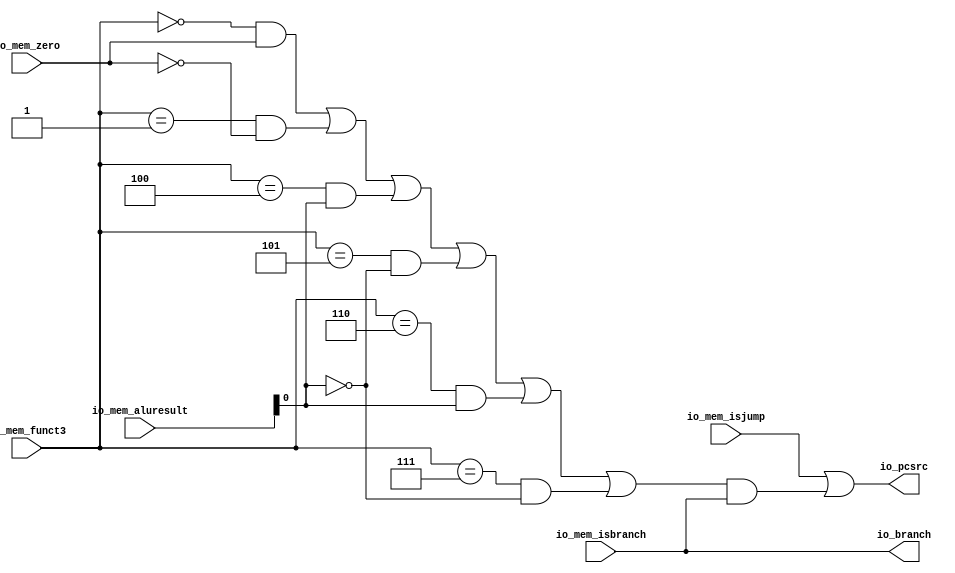
module Branch(
  input         io_mem_zero,
  input  [31:0] io_mem_aluresult,
  input  [2:0]  io_mem_funct3,
  input         io_mem_isbranch,
  input         io_mem_isjump,
  output        io_branch,
  output        io_pcsrc
);
  wire  branchEq = io_mem_funct3 == 3'h0 & io_mem_zero; // @[branch.scala 18:41]
  wire  branchNe = io_mem_funct3 == 3'h1 & ~io_mem_zero; // @[branch.scala 19:41]
  wire  branchLt = io_mem_funct3 == 3'h4 & io_mem_aluresult[0]; // @[branch.scala 20:41]
  wire  _branchGe_T_2 = ~io_mem_aluresult[0]; // @[branch.scala 21:44]
  wire  branchGe = io_mem_funct3 == 3'h5 & ~io_mem_aluresult[0]; // @[branch.scala 21:41]
  wire  branchLtu = io_mem_funct3 == 3'h6 & io_mem_aluresult[0]; // @[branch.scala 22:41]
  wire  branchGeu = io_mem_funct3 == 3'h7 & _branchGe_T_2; // @[branch.scala 23:41]
  assign io_branch = io_mem_isbranch; // @[branch.scala 25:13]
  assign io_pcsrc = io_mem_isjump | (branchEq | branchNe | branchLt | branchGe | branchLtu | branchGeu) &
    io_mem_isbranch; // @[branch.scala 26:22]
endmodule
module DataCache(
  input         clock,
  input  [31:0] io_mem_aluresult,
  input  [31:0] io_mem_rs2_data,
  input         io_mem_memread,
  input  [2:0]  io_mem_funct3,
  input         io_mem_memwrite,
  output [31:0] io_read_data
);
`ifdef RANDOMIZE_MEM_INIT
  reg [31:0] _RAND_0;
`endif // RANDOMIZE_MEM_INIT
  reg [31:0] mem [0:1048575]; // @[datacache.scala 13:16]
  wire  mem_cacheData_en; // @[datacache.scala 13:16]
  wire [19:0] mem_cacheData_addr; // @[datacache.scala 13:16]
  wire [31:0] mem_cacheData_data; // @[datacache.scala 13:16]
  wire  mem_writeData_MPORT_en; // @[datacache.scala 13:16]
  wire [19:0] mem_writeData_MPORT_addr; // @[datacache.scala 13:16]
  wire [31:0] mem_writeData_MPORT_data; // @[datacache.scala 13:16]
  wire  mem_writeData_MPORT_1_en; // @[datacache.scala 13:16]
  wire [19:0] mem_writeData_MPORT_1_addr; // @[datacache.scala 13:16]
  wire [31:0] mem_writeData_MPORT_1_data; // @[datacache.scala 13:16]
  wire [31:0] mem_MPORT_data; // @[datacache.scala 13:16]
  wire [19:0] mem_MPORT_addr; // @[datacache.scala 13:16]
  wire  mem_MPORT_mask; // @[datacache.scala 13:16]
  wire  mem_MPORT_en; // @[datacache.scala 13:16]
  wire [15:0] address = io_mem_aluresult[17:2]; // @[datacache.scala 15:33]
  wire  _T_1 = io_mem_funct3 == 3'h0; // @[datacache.scala 23:24]
  wire [23:0] _result_T_2 = mem_cacheData_data[7] ? 24'hffffff : 24'h0; // @[Bitwise.scala 74:12]
  wire [31:0] _result_T_4 = {_result_T_2,mem_cacheData_data[7:0]}; // @[Cat.scala 31:58]
  wire  _T_2 = io_mem_funct3 == 3'h1; // @[datacache.scala 25:30]
  wire [15:0] _result_T_7 = mem_cacheData_data[15] ? 16'hffff : 16'h0; // @[Bitwise.scala 74:12]
  wire [31:0] _result_T_9 = {_result_T_7,mem_cacheData_data[15:0]}; // @[Cat.scala 31:58]
  wire  _T_3 = io_mem_funct3 == 3'h2; // @[datacache.scala 27:30]
  wire [31:0] _result_T_11 = {24'h0,mem_cacheData_data[7:0]}; // @[Cat.scala 31:58]
  wire [31:0] _result_T_13 = {16'h0,mem_cacheData_data[15:0]}; // @[Cat.scala 31:58]
  wire [31:0] _GEN_0 = io_mem_funct3 == 3'h5 ? _result_T_13 : 32'h0; // @[datacache.scala 31:44 32:14 34:14]
  wire [31:0] _GEN_1 = io_mem_funct3 == 3'h4 ? _result_T_11 : _GEN_0; // @[datacache.scala 29:44 30:14]
  wire [31:0] _GEN_2 = io_mem_funct3 == 3'h2 ? mem_cacheData_data : _GEN_1; // @[datacache.scala 27:44 28:14]
  wire [31:0] _GEN_3 = io_mem_funct3 == 3'h1 ? _result_T_9 : _GEN_2; // @[datacache.scala 25:44 26:14]
  wire [31:0] result = io_mem_funct3 == 3'h0 ? _result_T_4 : _GEN_3; // @[datacache.scala 23:38 24:14]
  wire [31:0] _writeData_T_2 = {mem_writeData_MPORT_data[31:8],io_mem_rs2_data[7:0]}; // @[Cat.scala 31:58]
  wire [31:0] _writeData_T_5 = {mem_writeData_MPORT_1_data[31:16],io_mem_rs2_data[15:0]}; // @[Cat.scala 31:58]
  wire [31:0] _GEN_5 = _T_3 ? io_mem_rs2_data : 32'h0; // @[datacache.scala 49:46 51:19 53:19]
  wire [31:0] _GEN_9 = _T_2 ? _writeData_T_5 : _GEN_5; // @[datacache.scala 46:46 48:19]
  wire  _GEN_16 = _T_1 ? 1'h0 : _T_2; // @[datacache.scala 13:16 43:40]
  wire  _GEN_19 = io_mem_memwrite & _T_1; // @[datacache.scala 13:16 40:35]
  wire  _GEN_22 = io_mem_memwrite & _GEN_16; // @[datacache.scala 13:16 40:35]
  assign mem_cacheData_en = io_mem_memread;
  assign mem_cacheData_addr = {{4'd0}, address};
  assign mem_cacheData_data = mem[mem_cacheData_addr]; // @[datacache.scala 13:16]
  assign mem_writeData_MPORT_en = io_mem_memread ? 1'h0 : _GEN_19;
  assign mem_writeData_MPORT_addr = {{4'd0}, address};
  assign mem_writeData_MPORT_data = mem[mem_writeData_MPORT_addr]; // @[datacache.scala 13:16]
  assign mem_writeData_MPORT_1_en = io_mem_memread ? 1'h0 : _GEN_22;
  assign mem_writeData_MPORT_1_addr = {{4'd0}, address};
  assign mem_writeData_MPORT_1_data = mem[mem_writeData_MPORT_1_addr]; // @[datacache.scala 13:16]
  assign mem_MPORT_data = _T_1 ? _writeData_T_2 : _GEN_9;
  assign mem_MPORT_addr = {{4'd0}, address};
  assign mem_MPORT_mask = 1'h1;
  assign mem_MPORT_en = io_mem_memread ? 1'h0 : io_mem_memwrite;
  assign io_read_data = io_mem_memread ? result : 32'h0; // @[datacache.scala 17:32 37:18 59:18]
  always @(posedge clock) begin
    if (mem_MPORT_en & mem_MPORT_mask) begin
      mem[mem_MPORT_addr] <= mem_MPORT_data; // @[datacache.scala 13:16]
    end
  end
// Register and memory initialization
`ifdef RANDOMIZE_GARBAGE_ASSIGN
`define RANDOMIZE
`endif
`ifdef RANDOMIZE_INVALID_ASSIGN
`define RANDOMIZE
`endif
`ifdef RANDOMIZE_REG_INIT
`define RANDOMIZE
`endif
`ifdef RANDOMIZE_MEM_INIT
`define RANDOMIZE
`endif
`ifndef RANDOM
`define RANDOM $random
`endif
`ifdef RANDOMIZE_MEM_INIT
  integer initvar;
`endif
`ifndef SYNTHESIS
`ifdef FIRRTL_BEFORE_INITIAL
`FIRRTL_BEFORE_INITIAL
`endif
initial begin
  `ifdef RANDOMIZE
    `ifdef INIT_RANDOM
      `INIT_RANDOM
    `endif
    `ifndef VERILATOR
      `ifdef RANDOMIZE_DELAY
        #`RANDOMIZE_DELAY begin end
      `else
        #0.002 begin end
      `endif
    `endif
`ifdef RANDOMIZE_MEM_INIT
  _RAND_0 = {1{`RANDOM}};
  for (initvar = 0; initvar < 1048576; initvar = initvar+1)
    mem[initvar] = _RAND_0[31:0];
`endif // RANDOMIZE_MEM_INIT
  `endif // RANDOMIZE
end // initial
`ifdef FIRRTL_AFTER_INITIAL
`FIRRTL_AFTER_INITIAL
`endif
`endif // SYNTHESIS
endmodule
module Memory(
  input         clock,
  input         reset,
  input  [31:0] io_csr_read_data_in,
  input         io_csr_write_enable_in,
  input  [11:0] io_csr_write_address_in,
  input  [31:0] io_csr_write_data_in,
  input  [3:0]  io_ecause_in,
  input         io_exception_in,
  input         io_mret_in,
  input         io_wfi_in,
  input  [31:0] io_reg_pc,
  input         io_mem_isbranch,
  input         io_mem_isjump,
  input         io_mem_memread,
  input         io_mem_memwrite,
  input         io_mem_regwrite,
  input  [1:0]  io_mem_memtoreg,
  input         io_mem_zero,
  input  [31:0] io_mem_aluresult,
  input  [31:0] io_mem_rs2_data,
  input  [2:0]  io_mem_funct3,
  input  [4:0]  io_mem_rd,
  input         io_sip,
  input         io_tip,
  input         io_eip,
  output        io_csr_write_enable_out,
  output [11:0] io_csr_write_address_out,
  output [31:0] io_csr_write_data_out,
  output [3:0]  io_ecause_out,
  output        io_trapped,
  output        io_interrupt,
  output        io_inst_retired,
  output        io_mret_out,
  output [31:0] io_csr_read_data_out,
  output        io_wfi_out,
  output [31:0] io_wb_reg_pc,
  output [31:0] io_wb_readdata,
  output [31:0] io_wb_aluresult,
  output [1:0]  io_wb_memtoreg,
  output        io_wb_regwrite,
  output [4:0]  io_wb_rd,
  output        io_pcsrc,
  output        io_branch,
  input         io_mem_wb_flush
);
`ifdef RANDOMIZE_REG_INIT
  reg [31:0] _RAND_0;
  reg [31:0] _RAND_1;
  reg [31:0] _RAND_2;
  reg [31:0] _RAND_3;
  reg [31:0] _RAND_4;
  reg [31:0] _RAND_5;
  reg [31:0] _RAND_6;
  reg [31:0] _RAND_7;
  reg [31:0] _RAND_8;
  reg [31:0] _RAND_9;
  reg [31:0] _RAND_10;
  reg [31:0] _RAND_11;
  reg [31:0] _RAND_12;
  reg [31:0] _RAND_13;
  reg [31:0] _RAND_14;
  reg [31:0] _RAND_15;
  reg [31:0] _RAND_16;
  reg [31:0] _RAND_17;
`endif // RANDOMIZE_REG_INIT
  wire  branch_io_mem_zero; // @[memory.scala 93:22]
  wire [31:0] branch_io_mem_aluresult; // @[memory.scala 93:22]
  wire [2:0] branch_io_mem_funct3; // @[memory.scala 93:22]
  wire  branch_io_mem_isbranch; // @[memory.scala 93:22]
  wire  branch_io_mem_isjump; // @[memory.scala 93:22]
  wire  branch_io_branch; // @[memory.scala 93:22]
  wire  branch_io_pcsrc; // @[memory.scala 93:22]
  wire  dataCache_clock; // @[memory.scala 101:25]
  wire [31:0] dataCache_io_mem_aluresult; // @[memory.scala 101:25]
  wire [31:0] dataCache_io_mem_rs2_data; // @[memory.scala 101:25]
  wire  dataCache_io_mem_memread; // @[memory.scala 101:25]
  wire [2:0] dataCache_io_mem_funct3; // @[memory.scala 101:25]
  wire  dataCache_io_mem_memwrite; // @[memory.scala 101:25]
  wire [31:0] dataCache_io_read_data; // @[memory.scala 101:25]
  wire  load_exception = io_mem_memread & io_mem_rd != 5'h0; // @[memory.scala 57:39]
  wire  mem_misaligned_exception = (io_mem_memread | io_mem_memwrite) & io_mem_aluresult[1:0] != 2'h0; // @[memory.scala 58:70]
  wire  _T = ~io_exception_in; // @[memory.scala 74:14]
  wire [2:0] _ecause_out_T = io_mem_memread ? 3'h4 : 3'h6; // @[memory.scala 80:22]
  wire  _GEN_0 = _T & mem_misaligned_exception | io_exception_in; // @[memory.scala 78:60 79:15 83:15]
  wire [3:0] _GEN_1 = _T & mem_misaligned_exception ? {{1'd0}, _ecause_out_T} : io_ecause_in; // @[memory.scala 78:60 80:16 84:16]
  wire  _GEN_3 = ~io_exception_in & load_exception | _GEN_0; // @[memory.scala 74:50 75:15]
  wire [3:0] _GEN_4 = ~io_exception_in & load_exception ? 4'h5 : _GEN_1; // @[memory.scala 74:50 76:16]
  wire [3:0] _GEN_6 = io_sip ? 4'h3 : _GEN_4; // @[memory.scala 71:22 72:16]
  wire  _GEN_8 = io_sip ? 1'h0 : _GEN_3; // @[memory.scala 71:22]
  wire  _GEN_10 = io_tip | io_sip; // @[memory.scala 68:22 70:15]
  wire  _GEN_11 = io_tip ? 1'h0 : _GEN_8; // @[memory.scala 68:22]
  wire  interrupt = io_eip | _GEN_10; // @[memory.scala 65:16 67:15]
  wire  exception = io_eip ? 1'h0 : _GEN_11; // @[memory.scala 65:16]
  wire  trapped = io_sip | io_tip | io_eip | exception; // @[memory.scala 88:42]
  wire  retired = ~trapped & ~io_wfi_in; // @[memory.scala 89:23]
  reg  csr_write_enable_out_reg; // @[memory.scala 109:41]
  reg [11:0] csr_write_address_out_reg; // @[memory.scala 110:42]
  reg [31:0] csr_write_data_out_reg; // @[memory.scala 111:39]
  reg [3:0] ecause_out_reg; // @[memory.scala 112:31]
  reg  trapped_reg; // @[memory.scala 113:28]
  reg  interrupt_reg; // @[memory.scala 114:30]
  reg  inst_retired_reg; // @[memory.scala 115:33]
  reg [31:0] csr_read_data_out_reg; // @[memory.scala 116:38]
  reg  mret_out_reg; // @[memory.scala 117:29]
  reg  wfi_out_reg; // @[memory.scala 118:28]
  reg [31:0] wb_reg_pc_reg; // @[memory.scala 119:30]
  reg [31:0] wb_readdata_reg; // @[memory.scala 120:32]
  reg [31:0] wb_aluresult_reg; // @[memory.scala 121:33]
  reg [1:0] wb_memtoreg_reg; // @[memory.scala 122:32]
  reg  wb_regwrite_reg; // @[memory.scala 123:32]
  reg [4:0] wb_rd_reg; // @[memory.scala 124:26]
  reg  pcsrc_reg; // @[memory.scala 125:26]
  reg  branch_reg; // @[memory.scala 126:27]
  wire  _T_4 = ~io_mem_wb_flush; // @[memory.scala 130:8]
  wire  _GEN_15 = ~io_mem_wb_flush & io_csr_write_enable_in; // @[memory.scala 130:26 131:30 140:30]
  wire  _GEN_19 = ~io_mem_wb_flush & trapped; // @[memory.scala 130:26 135:17 144:17]
  wire  _GEN_20 = ~io_mem_wb_flush & interrupt; // @[memory.scala 130:26 136:19 145:19]
  wire  _GEN_21 = ~io_mem_wb_flush & retired; // @[memory.scala 130:26 137:22 146:22]
  wire  _GEN_22 = ~io_mem_wb_flush & io_mret_in; // @[memory.scala 130:26 138:18 147:18]
  wire  _GEN_24 = _T_4 & io_wfi_in; // @[memory.scala 151:26 153:17 162:17]
  wire  _GEN_29 = _T_4 & io_mem_regwrite; // @[memory.scala 151:26 158:21 167:21]
  wire  _GEN_31 = _T_4 & branch_io_pcsrc; // @[memory.scala 172:26 173:15 176:15]
  wire  _GEN_32 = _T_4 & branch_io_branch; // @[memory.scala 172:26 174:16 177:16]
  Branch branch ( // @[memory.scala 93:22]
    .io_mem_zero(branch_io_mem_zero),
    .io_mem_aluresult(branch_io_mem_aluresult),
    .io_mem_funct3(branch_io_mem_funct3),
    .io_mem_isbranch(branch_io_mem_isbranch),
    .io_mem_isjump(branch_io_mem_isjump),
    .io_branch(branch_io_branch),
    .io_pcsrc(branch_io_pcsrc)
  );
  DataCache dataCache ( // @[memory.scala 101:25]
    .clock(dataCache_clock),
    .io_mem_aluresult(dataCache_io_mem_aluresult),
    .io_mem_rs2_data(dataCache_io_mem_rs2_data),
    .io_mem_memread(dataCache_io_mem_memread),
    .io_mem_funct3(dataCache_io_mem_funct3),
    .io_mem_memwrite(dataCache_io_mem_memwrite),
    .io_read_data(dataCache_io_read_data)
  );
  assign io_csr_write_enable_out = csr_write_enable_out_reg; // @[memory.scala 181:27]
  assign io_csr_write_address_out = csr_write_address_out_reg; // @[memory.scala 182:28]
  assign io_csr_write_data_out = csr_write_data_out_reg; // @[memory.scala 183:25]
  assign io_ecause_out = ecause_out_reg; // @[memory.scala 184:17]
  assign io_trapped = trapped_reg; // @[memory.scala 185:14]
  assign io_interrupt = interrupt_reg; // @[memory.scala 186:16]
  assign io_inst_retired = inst_retired_reg; // @[memory.scala 187:19]
  assign io_mret_out = mret_out_reg; // @[memory.scala 189:15]
  assign io_csr_read_data_out = csr_read_data_out_reg; // @[memory.scala 188:24]
  assign io_wfi_out = wfi_out_reg; // @[memory.scala 190:14]
  assign io_wb_reg_pc = wb_reg_pc_reg; // @[memory.scala 191:16]
  assign io_wb_readdata = wb_readdata_reg; // @[memory.scala 192:18]
  assign io_wb_aluresult = wb_aluresult_reg; // @[memory.scala 193:19]
  assign io_wb_memtoreg = wb_memtoreg_reg; // @[memory.scala 194:18]
  assign io_wb_regwrite = wb_regwrite_reg; // @[memory.scala 195:18]
  assign io_wb_rd = wb_rd_reg; // @[memory.scala 196:12]
  assign io_pcsrc = pcsrc_reg; // @[memory.scala 197:12]
  assign io_branch = branch_reg; // @[memory.scala 198:13]
  assign branch_io_mem_zero = io_mem_zero; // @[memory.scala 94:22]
  assign branch_io_mem_aluresult = io_mem_aluresult; // @[memory.scala 95:27]
  assign branch_io_mem_funct3 = io_mem_funct3; // @[memory.scala 96:24]
  assign branch_io_mem_isbranch = io_mem_isbranch; // @[memory.scala 97:26]
  assign branch_io_mem_isjump = io_mem_isjump; // @[memory.scala 98:24]
  assign dataCache_clock = clock;
  assign dataCache_io_mem_aluresult = io_mem_aluresult; // @[memory.scala 102:30]
  assign dataCache_io_mem_rs2_data = io_mem_rs2_data; // @[memory.scala 103:29]
  assign dataCache_io_mem_memread = io_mem_memread; // @[memory.scala 104:28]
  assign dataCache_io_mem_funct3 = io_mem_funct3; // @[memory.scala 105:27]
  assign dataCache_io_mem_memwrite = io_mem_memwrite & trapped; // @[memory.scala 106:48]
  always @(posedge clock) begin
    if (reset) begin // @[memory.scala 109:41]
      csr_write_enable_out_reg <= 1'h0; // @[memory.scala 109:41]
    end else begin
      csr_write_enable_out_reg <= _GEN_15;
    end
    if (reset) begin // @[memory.scala 110:42]
      csr_write_address_out_reg <= 12'h0; // @[memory.scala 110:42]
    end else if (~io_mem_wb_flush) begin // @[memory.scala 130:26]
      csr_write_address_out_reg <= io_csr_write_address_in; // @[memory.scala 132:31]
    end else begin
      csr_write_address_out_reg <= 12'h0; // @[memory.scala 141:31]
    end
    if (reset) begin // @[memory.scala 111:39]
      csr_write_data_out_reg <= 32'h0; // @[memory.scala 111:39]
    end else if (~io_mem_wb_flush) begin // @[memory.scala 130:26]
      csr_write_data_out_reg <= io_csr_write_data_in; // @[memory.scala 133:28]
    end else begin
      csr_write_data_out_reg <= 32'h0; // @[memory.scala 142:28]
    end
    if (reset) begin // @[memory.scala 112:31]
      ecause_out_reg <= 4'h0; // @[memory.scala 112:31]
    end else if (~io_mem_wb_flush) begin // @[memory.scala 130:26]
      if (io_eip) begin // @[memory.scala 65:16]
        ecause_out_reg <= 4'hb; // @[memory.scala 66:16]
      end else if (io_tip) begin // @[memory.scala 68:22]
        ecause_out_reg <= 4'h7; // @[memory.scala 69:16]
      end else begin
        ecause_out_reg <= _GEN_6;
      end
    end else begin
      ecause_out_reg <= 4'h0; // @[memory.scala 143:20]
    end
    if (reset) begin // @[memory.scala 113:28]
      trapped_reg <= 1'h0; // @[memory.scala 113:28]
    end else begin
      trapped_reg <= _GEN_19;
    end
    if (reset) begin // @[memory.scala 114:30]
      interrupt_reg <= 1'h0; // @[memory.scala 114:30]
    end else begin
      interrupt_reg <= _GEN_20;
    end
    if (reset) begin // @[memory.scala 115:33]
      inst_retired_reg <= 1'h0; // @[memory.scala 115:33]
    end else begin
      inst_retired_reg <= _GEN_21;
    end
    if (reset) begin // @[memory.scala 116:38]
      csr_read_data_out_reg <= 32'h0; // @[memory.scala 116:38]
    end else if (_T_4) begin // @[memory.scala 151:26]
      csr_read_data_out_reg <= io_csr_read_data_in; // @[memory.scala 152:27]
    end else begin
      csr_read_data_out_reg <= 32'h0; // @[memory.scala 161:27]
    end
    if (reset) begin // @[memory.scala 117:29]
      mret_out_reg <= 1'h0; // @[memory.scala 117:29]
    end else begin
      mret_out_reg <= _GEN_22;
    end
    if (reset) begin // @[memory.scala 118:28]
      wfi_out_reg <= 1'h0; // @[memory.scala 118:28]
    end else begin
      wfi_out_reg <= _GEN_24;
    end
    if (reset) begin // @[memory.scala 119:30]
      wb_reg_pc_reg <= 32'h0; // @[memory.scala 119:30]
    end else if (_T_4) begin // @[memory.scala 151:26]
      wb_reg_pc_reg <= io_reg_pc; // @[memory.scala 154:19]
    end else begin
      wb_reg_pc_reg <= 32'h0; // @[memory.scala 163:19]
    end
    if (reset) begin // @[memory.scala 120:32]
      wb_readdata_reg <= 32'h0; // @[memory.scala 120:32]
    end else if (_T_4) begin // @[memory.scala 151:26]
      wb_readdata_reg <= dataCache_io_read_data; // @[memory.scala 155:21]
    end else begin
      wb_readdata_reg <= 32'h0; // @[memory.scala 164:21]
    end
    if (reset) begin // @[memory.scala 121:33]
      wb_aluresult_reg <= 32'h0; // @[memory.scala 121:33]
    end else if (_T_4) begin // @[memory.scala 151:26]
      wb_aluresult_reg <= io_mem_aluresult; // @[memory.scala 156:22]
    end else begin
      wb_aluresult_reg <= 32'h0; // @[memory.scala 165:22]
    end
    if (reset) begin // @[memory.scala 122:32]
      wb_memtoreg_reg <= 2'h0; // @[memory.scala 122:32]
    end else if (_T_4) begin // @[memory.scala 151:26]
      wb_memtoreg_reg <= io_mem_memtoreg; // @[memory.scala 157:21]
    end else begin
      wb_memtoreg_reg <= 2'h0; // @[memory.scala 166:21]
    end
    if (reset) begin // @[memory.scala 123:32]
      wb_regwrite_reg <= 1'h0; // @[memory.scala 123:32]
    end else begin
      wb_regwrite_reg <= _GEN_29;
    end
    if (reset) begin // @[memory.scala 124:26]
      wb_rd_reg <= 5'h0; // @[memory.scala 124:26]
    end else if (_T_4) begin // @[memory.scala 151:26]
      wb_rd_reg <= io_mem_rd; // @[memory.scala 159:15]
    end else begin
      wb_rd_reg <= 5'h0; // @[memory.scala 168:15]
    end
    if (reset) begin // @[memory.scala 125:26]
      pcsrc_reg <= 1'h0; // @[memory.scala 125:26]
    end else begin
      pcsrc_reg <= _GEN_31;
    end
    if (reset) begin // @[memory.scala 126:27]
      branch_reg <= 1'h0; // @[memory.scala 126:27]
    end else begin
      branch_reg <= _GEN_32;
    end
  end
// Register and memory initialization
`ifdef RANDOMIZE_GARBAGE_ASSIGN
`define RANDOMIZE
`endif
`ifdef RANDOMIZE_INVALID_ASSIGN
`define RANDOMIZE
`endif
`ifdef RANDOMIZE_REG_INIT
`define RANDOMIZE
`endif
`ifdef RANDOMIZE_MEM_INIT
`define RANDOMIZE
`endif
`ifndef RANDOM
`define RANDOM $random
`endif
`ifdef RANDOMIZE_MEM_INIT
  integer initvar;
`endif
`ifndef SYNTHESIS
`ifdef FIRRTL_BEFORE_INITIAL
`FIRRTL_BEFORE_INITIAL
`endif
initial begin
  `ifdef RANDOMIZE
    `ifdef INIT_RANDOM
      `INIT_RANDOM
    `endif
    `ifndef VERILATOR
      `ifdef RANDOMIZE_DELAY
        #`RANDOMIZE_DELAY begin end
      `else
        #0.002 begin end
      `endif
    `endif
`ifdef RANDOMIZE_REG_INIT
  _RAND_0 = {1{`RANDOM}};
  csr_write_enable_out_reg = _RAND_0[0:0];
  _RAND_1 = {1{`RANDOM}};
  csr_write_address_out_reg = _RAND_1[11:0];
  _RAND_2 = {1{`RANDOM}};
  csr_write_data_out_reg = _RAND_2[31:0];
  _RAND_3 = {1{`RANDOM}};
  ecause_out_reg = _RAND_3[3:0];
  _RAND_4 = {1{`RANDOM}};
  trapped_reg = _RAND_4[0:0];
  _RAND_5 = {1{`RANDOM}};
  interrupt_reg = _RAND_5[0:0];
  _RAND_6 = {1{`RANDOM}};
  inst_retired_reg = _RAND_6[0:0];
  _RAND_7 = {1{`RANDOM}};
  csr_read_data_out_reg = _RAND_7[31:0];
  _RAND_8 = {1{`RANDOM}};
  mret_out_reg = _RAND_8[0:0];
  _RAND_9 = {1{`RANDOM}};
  wfi_out_reg = _RAND_9[0:0];
  _RAND_10 = {1{`RANDOM}};
  wb_reg_pc_reg = _RAND_10[31:0];
  _RAND_11 = {1{`RANDOM}};
  wb_readdata_reg = _RAND_11[31:0];
  _RAND_12 = {1{`RANDOM}};
  wb_aluresult_reg = _RAND_12[31:0];
  _RAND_13 = {1{`RANDOM}};
  wb_memtoreg_reg = _RAND_13[1:0];
  _RAND_14 = {1{`RANDOM}};
  wb_regwrite_reg = _RAND_14[0:0];
  _RAND_15 = {1{`RANDOM}};
  wb_rd_reg = _RAND_15[4:0];
  _RAND_16 = {1{`RANDOM}};
  pcsrc_reg = _RAND_16[0:0];
  _RAND_17 = {1{`RANDOM}};
  branch_reg = _RAND_17[0:0];
`endif // RANDOMIZE_REG_INIT
  `endif // RANDOMIZE
end // initial
`ifdef FIRRTL_AFTER_INITIAL
`FIRRTL_AFTER_INITIAL
`endif
`endif // SYNTHESIS
endmodule